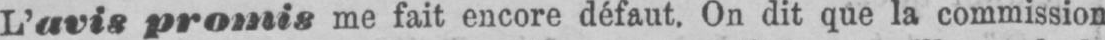
L’avis promis me fait encore défaut. On dit que la commission